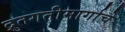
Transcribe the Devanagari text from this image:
द्रुतगतीमार्गाचे